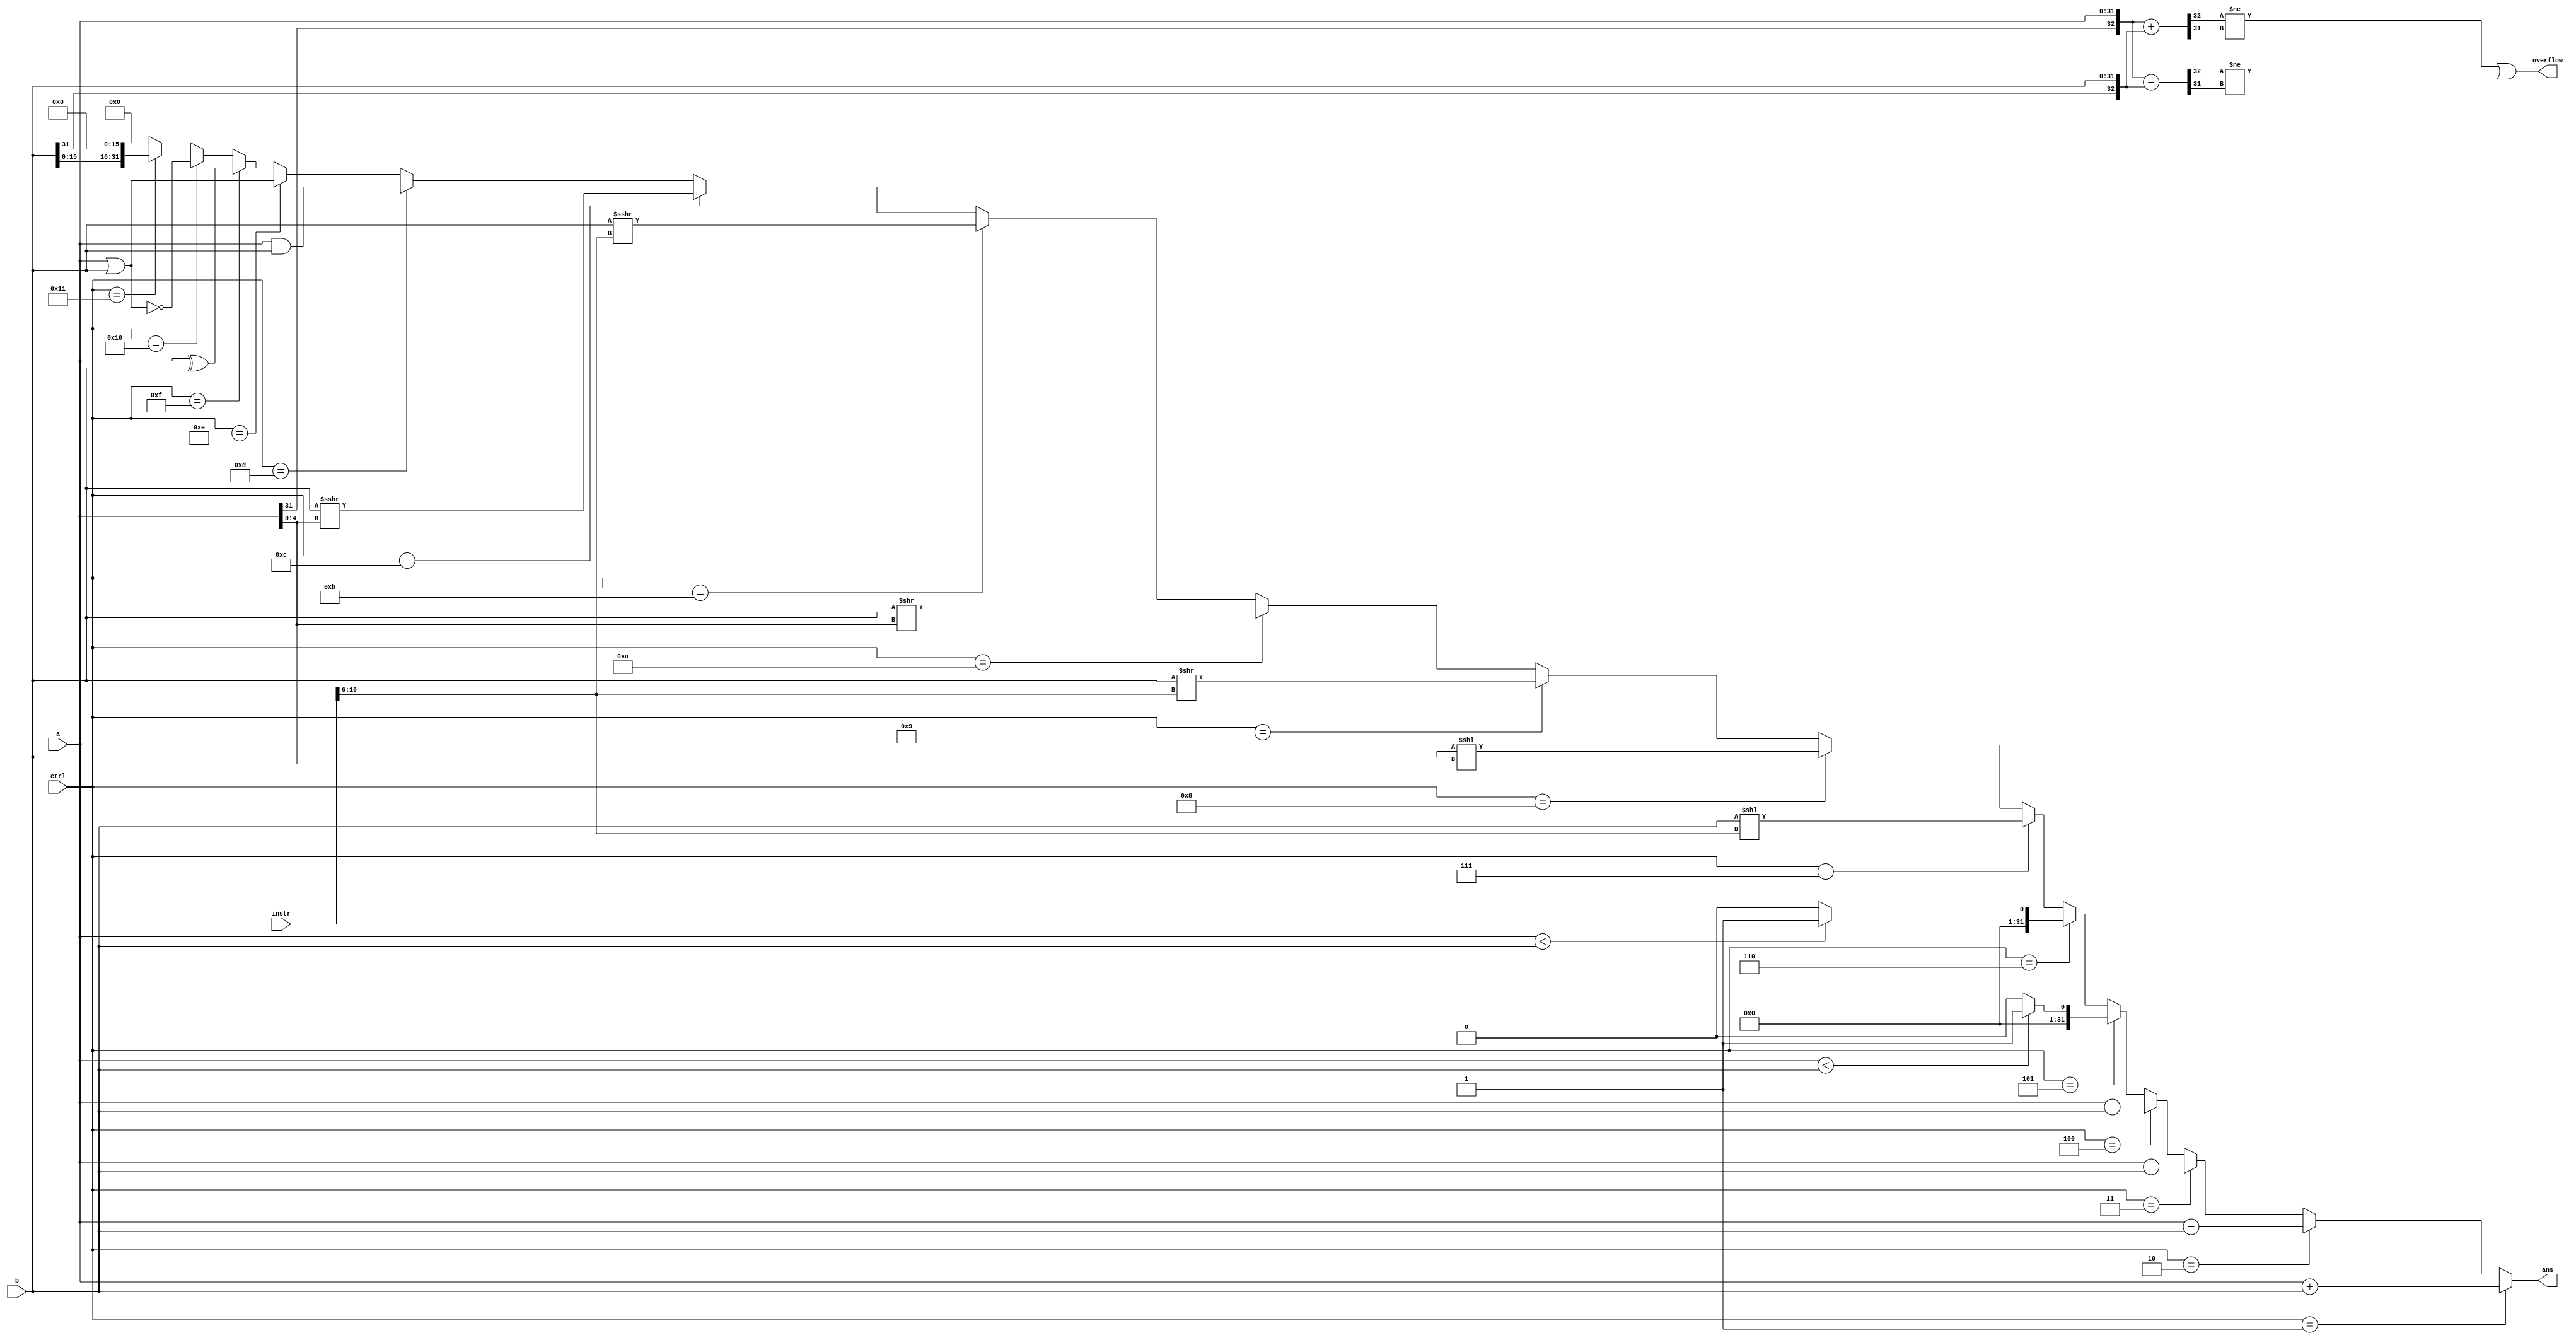
`timescale 1ns / 1ps
//////////////////////////////////////////////////////////////////////////////////
// Company: 
// Engineer: 
// 
// Design Name: 
// Module Name:    Alu 
// Project Name: 
// Target Devices: 
// Tool versions: 
// Description: 
//
// Dependencies: 
//
// Revision: 
// Revision 0.01 - File Created
// Additional Comments: 
//
//////////////////////////////////////////////////////////////////////////////////
module Alu(
	input [31:0]instr,
	input [31:0]a,
	input [31:0]b,
	input [4:0]ctrl,
	
	output [31:0]ans,
	output overflow
    );
	 
	wire [32:0]addTemp;
	wire [32:0]subTemp;
	
	/*1.	2.		3.		4.	5.1
	  6.1	7.		8.	9.	10.
	  11.	12.13.			14.		15.
	  16.		17.*/
	assign ans = (ctrl == 1)? (a + b):
					 (ctrl == 2)? $signed($signed(a) + $signed(b)):
					 (ctrl == 3)? (a - b):
					 (ctrl == 4)? $signed($signed(a) - $signed(b)):			 
					 (ctrl == 5)? ((a < b)? 1 : 0):
					 (ctrl == 6)? (($signed(a) < $signed(b))? 1 : 0):
					 (ctrl == 7)? (b << (instr[10:6])):
					 (ctrl == 8)? (b << (a[4:0])):
					 (ctrl == 9)? (b >> (instr[10:6])):
					 (ctrl == 10)? (b >> (a[4:0])):
					 (ctrl == 11)? $signed($signed(b) >>> (instr[10:6])):
					 (ctrl == 12)? $signed($signed(b) >>> (a[4:0])):
					 (ctrl == 13)? (a & b):
					 (ctrl == 14)? (a | b):
					 (ctrl == 15)? (a ^ b):
					 (ctrl == 16)? ~(a | b):
					 (ctrl == 17)? (b << 16):
					 0;
	
	assign addTemp = {a[31], a} + {b[31], b};
	assign subTemp = {a[31], a} - {b[31], b};
	assign overflow = (addTemp[32] != addTemp[31]) | 
							(subTemp[32] != subTemp[31]);
	
endmodule